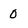
Character: 0